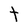
Character: t